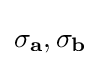
\sigma _{\mathbf {a} },\sigma _{\mathbf {b} }